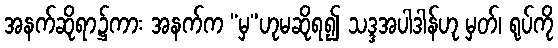
အနက်ဆိုရာ၌ကား အနက်က “မှ”ဟုမဆိုရ၍ သဒ္ဒအပါဒါန်ဟု မှတ်၊ ရုပ်ကို